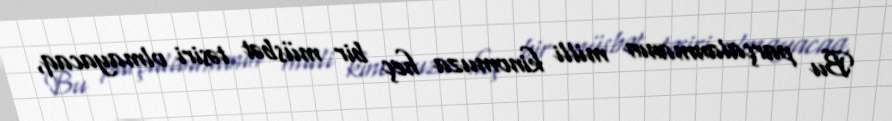
Bu parçalanmanın milli kinomuza heç bir müsbət təsiri olmayacaq,